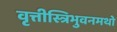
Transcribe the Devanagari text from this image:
वृत्तीस्त्रिभुवनमथो